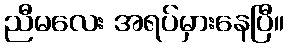
ညီမလေး အရပ်မှားနေပြီ။